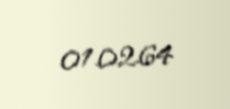
01.02.64